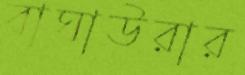
বাঘাউরার